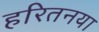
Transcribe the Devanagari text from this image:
हरितनया